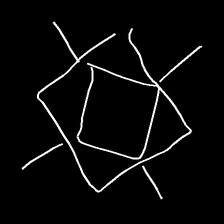
Glyph: light